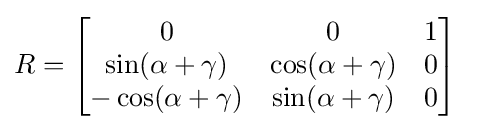
{\begin{aligned}R&={\begin{bmatrix}0&0&1\\\sin(\alpha +\gamma )&\cos(\alpha +\gamma )&0\\-\cos(\alpha +\gamma )&\sin(\alpha +\gamma )&0\end{bmatrix}}\end{aligned}}